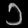
Digit: ၁